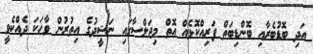
އަދި ބޮޑުބެރާއި ބޮންޑިބަތް ފަރިއްކޮޅެއް އޮތް މިޖަލްސާގައި ނަޝީދުގެ އިތުރުން ވާހަކަ ދެއްކެވީ